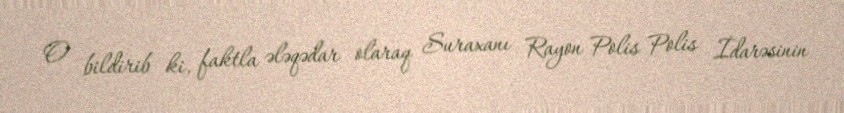
O bildirib ki, faktla ələqədar olaraq Suraxanı Rayon Polis Polis İdarəsinin